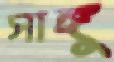
সাঙ্গু